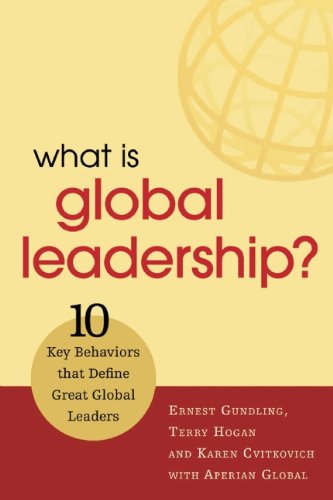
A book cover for What is Global Leadership?: 10 Key Behaviors that Define Great Global Leaders; Ernest Gundling; Business & Money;